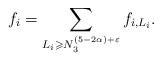
LaTeX: \begin{align*}f_i = \sum_{L_i\geqslant N_3^{(5-2\alpha)+\varepsilon} }f_{i,L_i}.\end{align*}